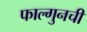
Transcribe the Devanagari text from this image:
फाल्गुनची